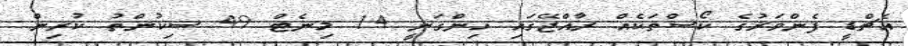
އެޗްޑީ ފެންވަރުގެ ކޯސްތަކެއް ރާއްޖޭގައި ހިންގަނީ 14 މިނެޓް 49 ސިކުންތު ކުރިން.